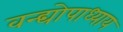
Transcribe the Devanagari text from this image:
वन्द्योपाध्याय